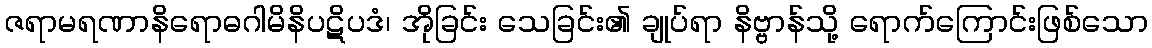
ဇရာမရဏာနိရောဓဂါမိနိပဋိပဒံ၊ အိုခြင်း သေခြင်း၏ ချုပ်ရာ နိဗ္ဗာန်သို့ ရောက်ကြောင်းဖြစ်သော